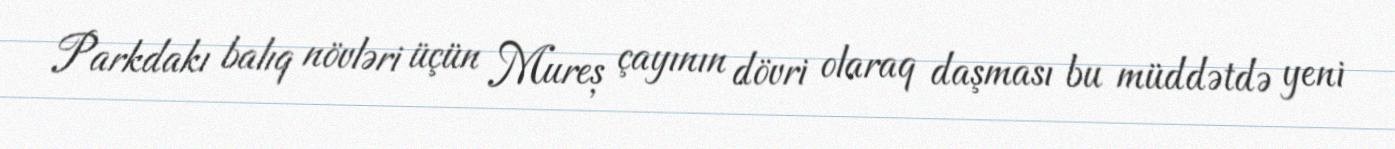
Parkdakı balıq növləri üçün Mureș çayının dövri olaraq daşması bu müddətdə yeni